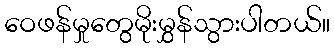
ဝေဖန်မှုတွေမိုးမွှန်သွားပါတယ်။